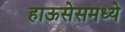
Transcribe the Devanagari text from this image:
हाऊसेसमध्ये